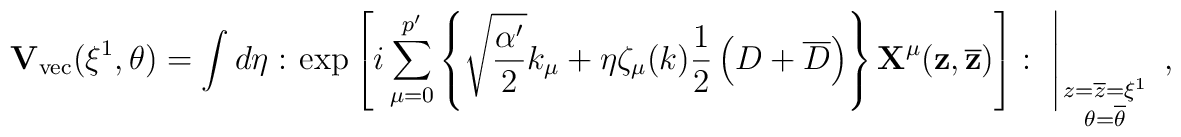
{\bf V}_{\rm vec}(\xi^{1},\theta) = \int d\eta : \left.    \exp \left[i\sum_{\mu=0}^{p^{\prime}}     \left\{\sqrt{\frac{\alpha^{\prime}}{2}} k_{\mu}           +\eta \zeta_{\mu}(k)           \frac{1}{2}\left( D+\overline{D} \right)     \right\}{\bf X}^{\mu}({\bf z},\overline{\bf z})\right]   :~\right|_{\scriptstyle z=\overline{z}=\xi^{1}              \atop\scriptstyle\theta=\overline{\theta}}~,